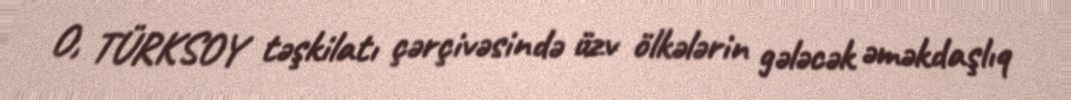
O, TÜRKSOY təşkilatı çərçivəsində üzv ölkələrin gələcək əməkdaşlıq